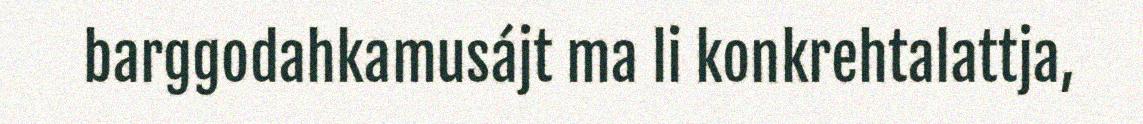
barggodahkamusájt ma li konkrehtalattja,